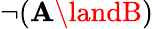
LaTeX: \neg(\mathbf{A}\landB)